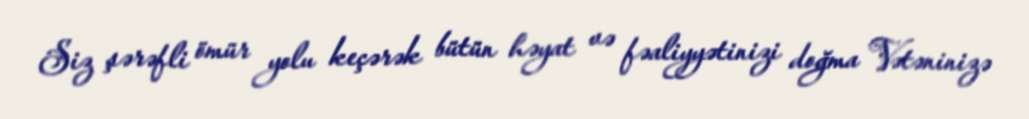
Siz şərəfli ömür yolu keçərək bütün həyat və fəaliyyətinizi doğma Vətəninizə